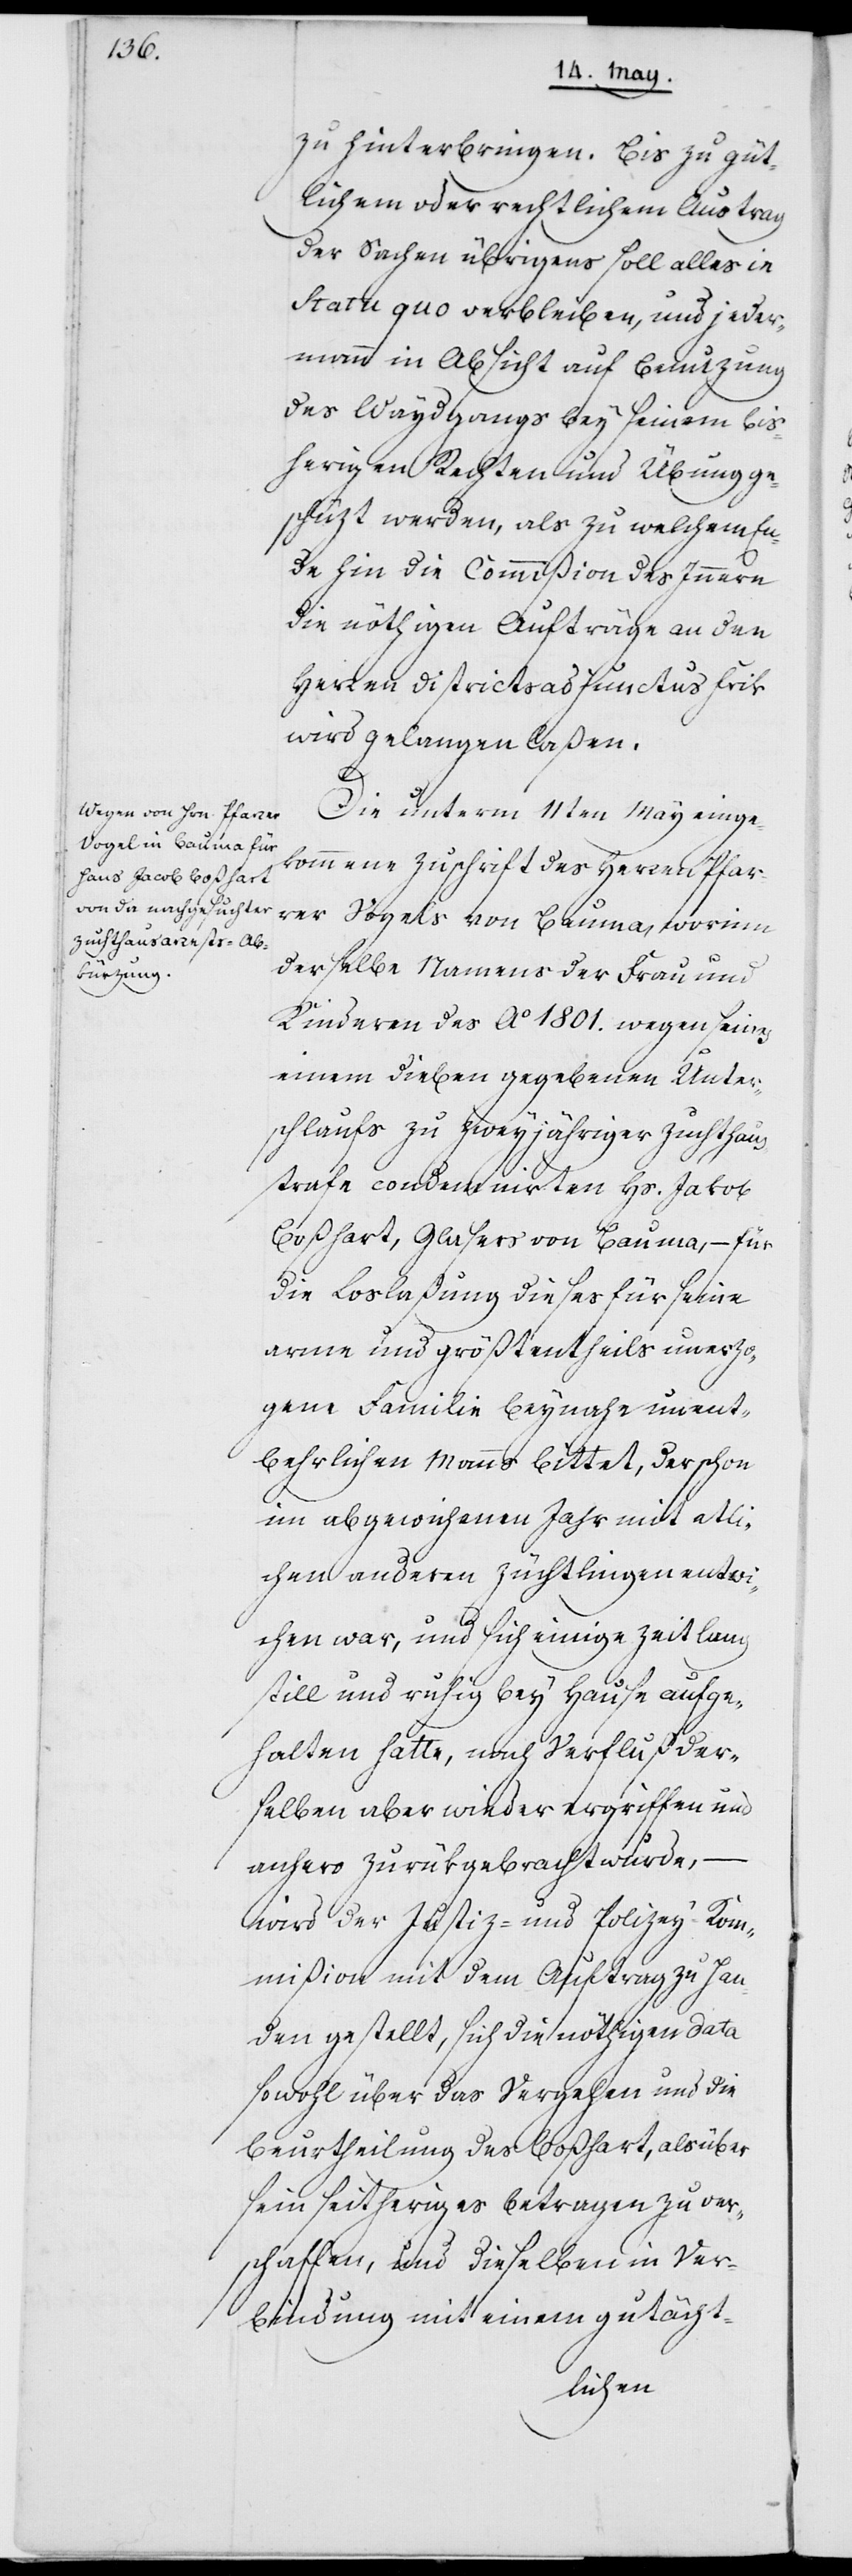
zu hinterbringen. Bis zu güt¬
lichem oder rechtlichem Austrag
der Sachen übrigens soll alles in
Statu quo verbleiben, und jeder¬
mann in Absicht auf Benuzung
des Waydgangs bey seinem [sic!]
bisherigen Rechten und Übung ge¬
schüzt werden, als zu welchem En¬
de hin die Commißion des Innern
die nöthigen Aufträge an den
Herren Districtsadjunctus Frik
wird gelangen laßen.
Die unterm 11ten May einge¬
kommene Zuschrift des Herren Pfar¬
rer Vogels von Bauma, worinn
derselbe Namens der Frau und
Kinderen des Ao 1801. wegen seins
einem Dieben gegebenen Unter¬
schlaufs zu zweyjähriger Zuchthaus¬
strafe condemnierten Hs. Jakob
Boßhart, Glasers von Bauma, – für
die Loslaßung dieses für seine
arme und größtentheils unerzo¬
gene Familie beynahe unent¬
behrlichen Manns bittet, der schon
im abgewichenen Jahr mit etli¬
chen andern Züchtlingen entw¬
ichen war, und sich einige Zeit lang
still und ruhig bey Hause aufge¬
halten hatte, nach Verfluß der¬
selben aber wieder ergriffen und
anhero zurükgebracht wurde, –
wird der Justiz- und Polizey-Kom¬
mißion mit dem Auftrag zu Han¬
den gestellt, sich die nöthigen Data
sowohl über das Vergehen und die
Beurtheilung des Boßhart, als über
sein seitheriges Betragen zu ver¬
schaffen, und dieselben in Ver¬
bindung mit einem gutächt-